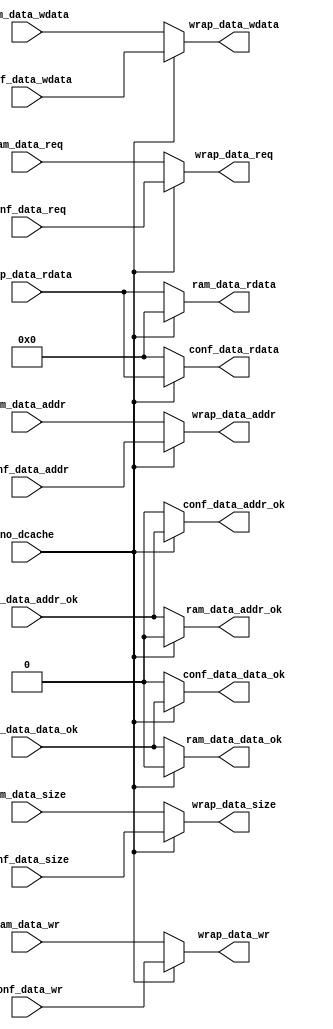
`timescale 1ns / 1ps
//////////////////////////////////////////////////////////////////////////////////
// Company: 
// Engineer: 
// 
// Design Name: 
// Module Name: bridge_2x1
// Project Name: 
// Target Devices: 
// Tool Versions: 
// Description: 
// 
// Dependencies: 
// 
// Revision:
// Revision 0.01 - File Created
// Additional Comments:
// 
//////////////////////////////////////////////////////////////////////////////////


module bridge_2x1 (
    input no_dcache,

    input         ram_data_req     ,
    input         ram_data_wr      ,
    input  [1 :0] ram_data_size    ,
    input  [31:0] ram_data_addr    ,
    input  [31:0] ram_data_wdata   ,
    output [31:0] ram_data_rdata   ,
    output        ram_data_addr_ok ,
    output        ram_data_data_ok ,

    input         conf_data_req     ,
    input         conf_data_wr      ,
    input  [1 :0] conf_data_size    ,
    input  [31:0] conf_data_addr    ,
    input  [31:0] conf_data_wdata   ,
    output [31:0] conf_data_rdata   ,
    output        conf_data_addr_ok ,
    output        conf_data_data_ok ,

    output        wrap_data_req     ,
    output        wrap_data_wr      ,
    output [1 :0] wrap_data_size    ,
    output [31:0] wrap_data_addr    ,
    output [31:0] wrap_data_wdata   ,
    input  [31:0] wrap_data_rdata   ,
    input         wrap_data_addr_ok ,
    input         wrap_data_data_ok
);

    assign ram_data_rdata   = no_dcache ? 0 : wrap_data_rdata  ;
    assign ram_data_addr_ok = no_dcache ? 0 : wrap_data_addr_ok;
    assign ram_data_data_ok = no_dcache ? 0 : wrap_data_data_ok;

    assign conf_data_rdata   = no_dcache ? wrap_data_rdata   : 0;
    assign conf_data_addr_ok = no_dcache ? wrap_data_addr_ok : 0;
    assign conf_data_data_ok = no_dcache ? wrap_data_data_ok : 0;

    assign wrap_data_req   = no_dcache ? conf_data_req   : ram_data_req  ;
    assign wrap_data_wr    = no_dcache ? conf_data_wr    : ram_data_wr   ;
    assign wrap_data_size  = no_dcache ? conf_data_size  : ram_data_size ;
    assign wrap_data_addr  = no_dcache ? conf_data_addr  : ram_data_addr ;
    assign wrap_data_wdata = no_dcache ? conf_data_wdata : ram_data_wdata;

endmodule